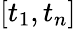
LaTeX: [t_{1},t_{n}]